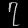
Digit: ၇